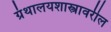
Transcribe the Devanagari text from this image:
ग्रंथालयशास्त्रावरील